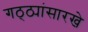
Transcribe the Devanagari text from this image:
गठ्ठ्यांसारखे